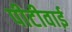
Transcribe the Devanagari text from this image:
पीटीवाई